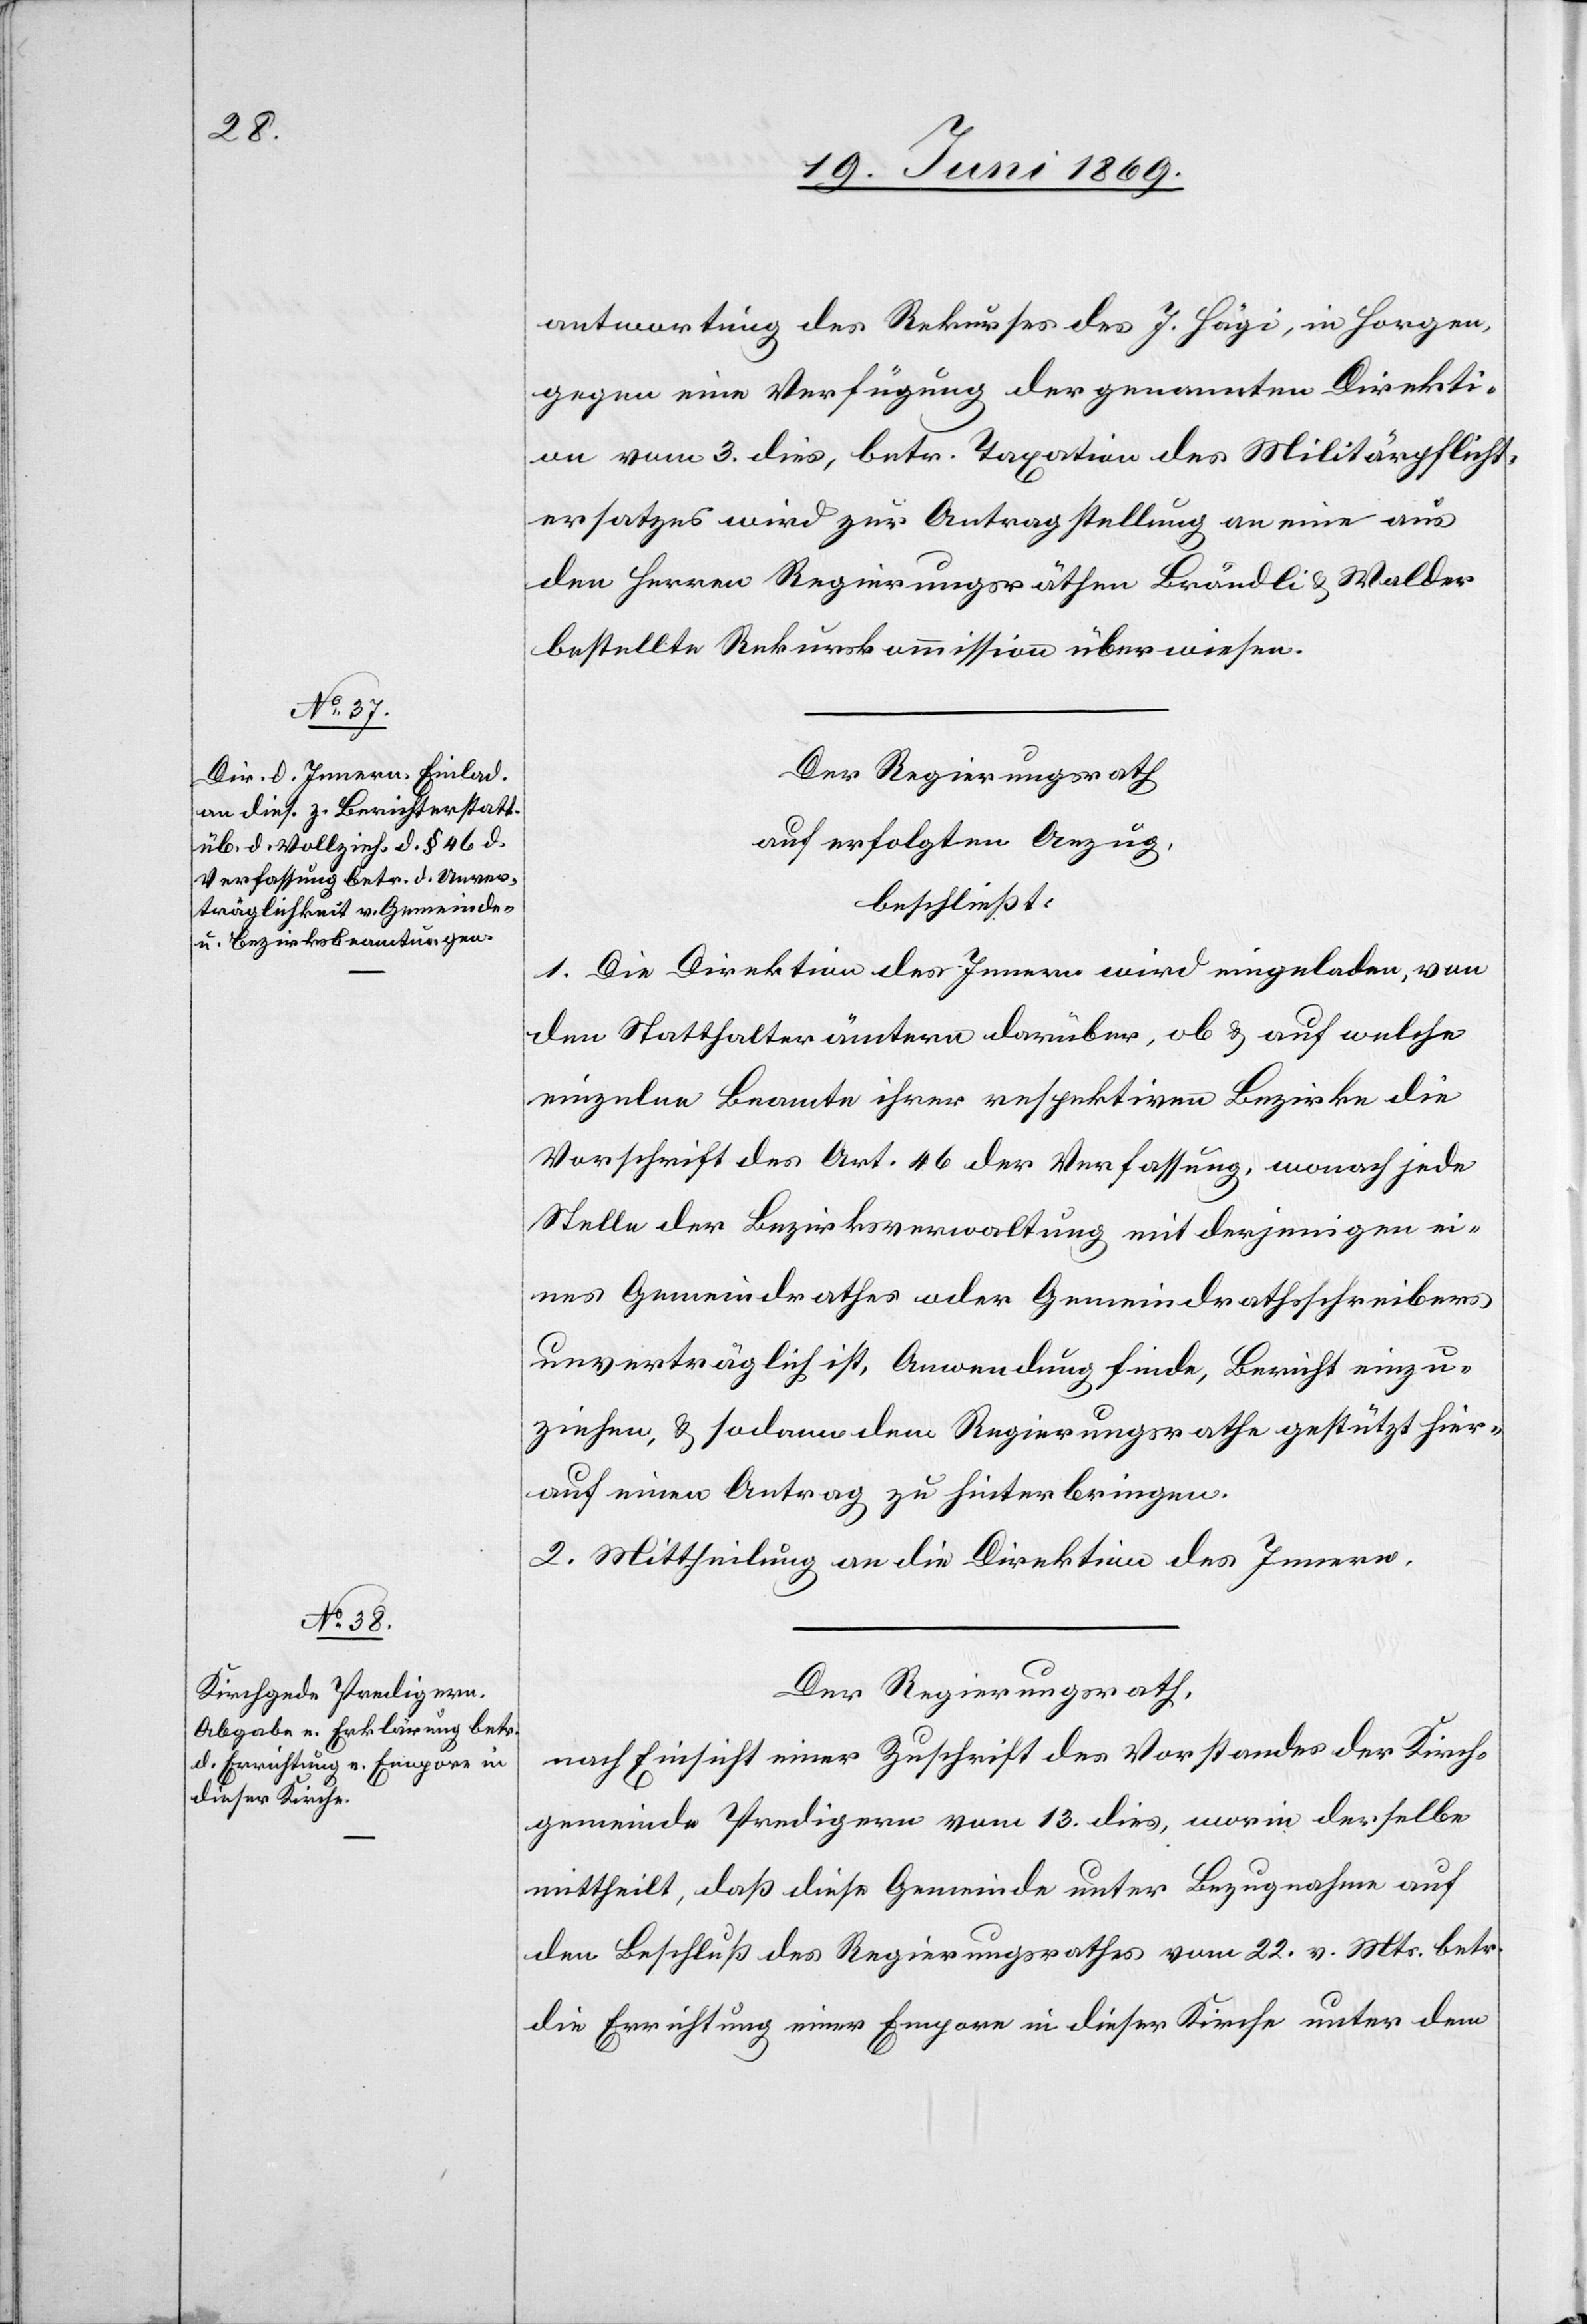
antwortung des Rekurses des J. Hägi, in Horgen,
gegen eine Verfügung der genannten Direkti¬
onen vom 3 dies, betr. Taxation des Militärpflicht¬
ersatzes wird zur Antragstellung an eine aus
den Herren Regierungsräthen Brändli u. Walder
bestellte Rekurskommission überwiesen.
Der Regierungsrath
auf erfolgten Anzug,
beschließt:
1.
Die Direktion des Innern wird eingeladen, von
den Statthalterämtern darüber, ob u. auf welche
einzelne Beamte ihrer respektiven Bezirke die
Vorschrift des Art. 46 der Verfassung, wonach jede
Stelle der Bezirksverwaltung mit derjenigen ei¬
nes Gemeindrathes oder Gemeindrathsschreibers
unverträglich ist, Anwendung finde, Bericht einzu¬
ziehen, u. sodann dem Regierungsrathe gestützt a¬
uf einen Antrag zu hinterbringen.
2. Mittheilung an die Direktion des Innern.
Der Regierungsrath,
nach Einsicht einer Zuschrift des Vorstandes der Kirch¬
gemeinde Predigern vom 13 dies, worin dieselbe
mittheilt, daß diese Gemeinde unter Bezugnahme auf
den Beschluß des Regierungsrathes vom 22 v. Mts. betr.
die Errichtung einer Empore in dieser Kirche unter dem